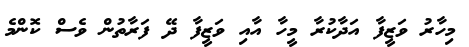
މިހާރު ވަޒީފާ އަދާކުރާ މީހާ އާއި ވަޒީފާ ދޭ ފަރާތުން ވެސް ކޮންމެ